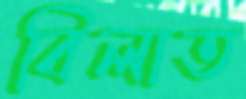
বিলাত